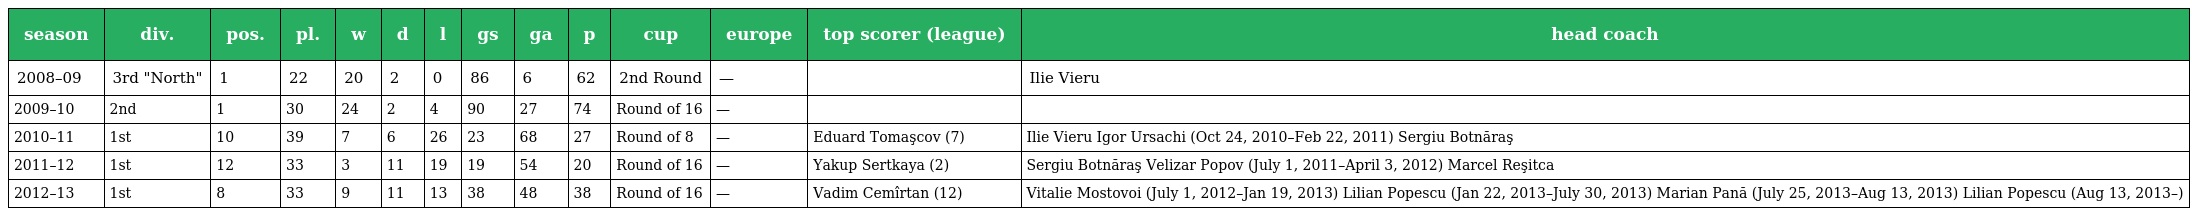
| season | div. | pos. | pl. | w | d | l | gs | ga | p | cup | europe | top scorer (league) | head coach |
 | --- | --- | --- | --- | --- | --- | --- | --- | --- | --- | --- | --- | --- | --- |
 | 2008–09 | 3rd "North" | 1 | 22 | 20 | 2 | 0 | 86 | 6 | 62 | 2nd Round | — |  | Ilie Vieru |
 | 2009–10 | 2nd | 1 | 30 | 24 | 2 | 4 | 90 | 27 | 74 | Round of 16 | — |  |  |
 | 2010–11 | 1st | 10 | 39 | 7 | 6 | 26 | 23 | 68 | 27 | Round of 8 | — | Eduard Tomaşcov (7) | Ilie Vieru Igor Ursachi (Oct 24, 2010–Feb 22, 2011) Sergiu Botnăraş |
 | 2011–12 | 1st | 12 | 33 | 3 | 11 | 19 | 19 | 54 | 20 | Round of 16 | — | Yakup Sertkaya (2) | Sergiu Botnăraş Velizar Popov (July 1, 2011–April 3, 2012) Marcel Reşitca |
 | 2012–13 | 1st | 8 | 33 | 9 | 11 | 13 | 38 | 48 | 38 | Round of 16 | — | Vadim Cemîrtan (12) | Vitalie Mostovoi (July 1, 2012–Jan 19, 2013) Lilian Popescu (Jan 22, 2013–July 30, 2013) Marian Pană (July 25, 2013–Aug 13, 2013) Lilian Popescu (Aug 13, 2013–) |